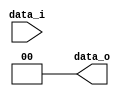
//a 0516327
//Subject:      CO project 2 - Shift_Left_Two_32
//--------------------------------------------------------------------------------
//Version:     1
//--------------------------------------------------------------------------------
//Description: 
//--------------------------------------------------------------------------------

module Shift_Left_Two_32(
    data_i,
    data_o
    );
parameter size = 0;	
//I/O ports                    
input [size-1:0] data_i;
output [size-1:0] data_o;

//shift left 2
assign data_o[size-1:0] = {data_i[size-3:0], 1'b0, 1'b0};

endmodule